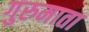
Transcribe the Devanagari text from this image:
गुरुमाता